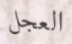
العجل